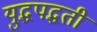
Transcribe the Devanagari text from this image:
युद्धपद्धती